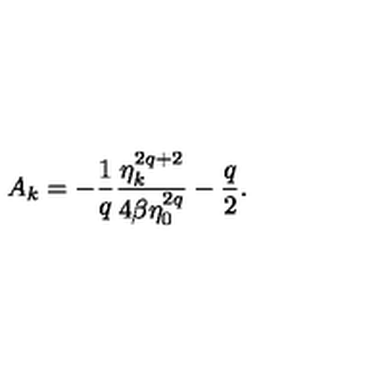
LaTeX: A _ { k } = - \frac { 1 } { q } \frac { \eta _ { k } ^ { 2 q + 2 } } { 4 \beta \eta _ { 0 } ^ { 2 q } } - \frac { q } { 2 } .